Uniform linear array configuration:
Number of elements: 8
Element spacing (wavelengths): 0.25
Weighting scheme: blackman
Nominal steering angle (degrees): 0
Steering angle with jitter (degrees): -0.4727
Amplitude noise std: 0.05
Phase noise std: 0.05

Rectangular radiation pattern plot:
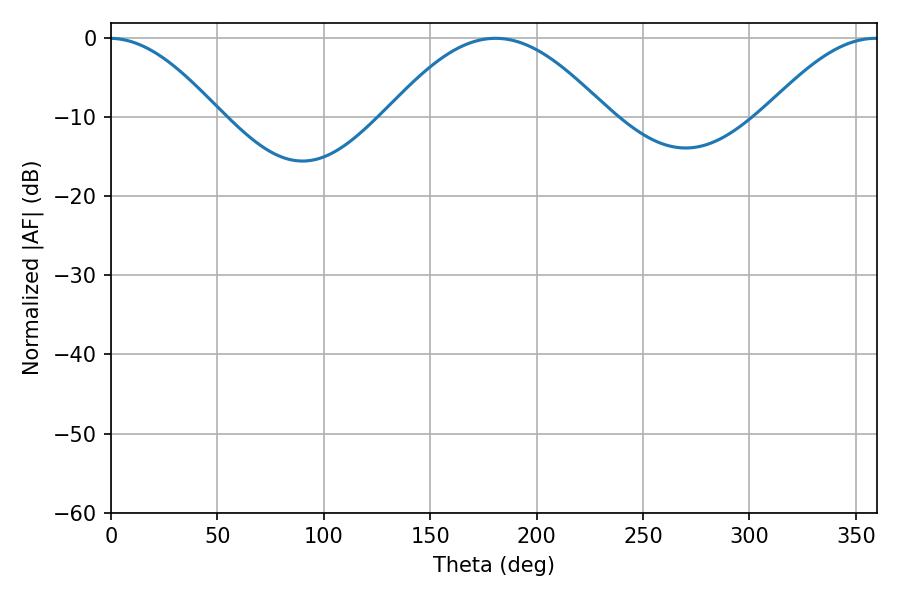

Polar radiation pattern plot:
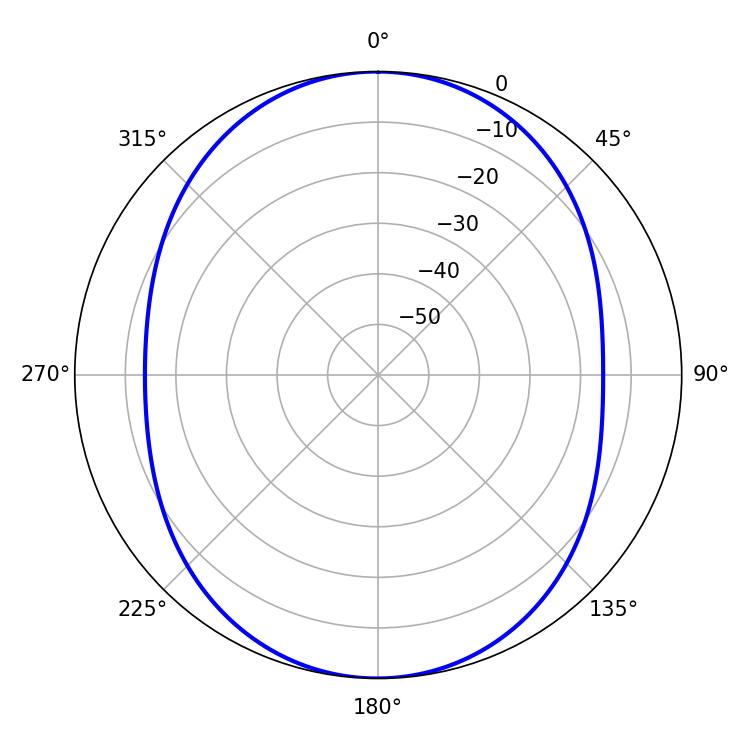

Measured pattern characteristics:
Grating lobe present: FALSE
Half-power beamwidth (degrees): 55.98
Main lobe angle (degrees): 180.72